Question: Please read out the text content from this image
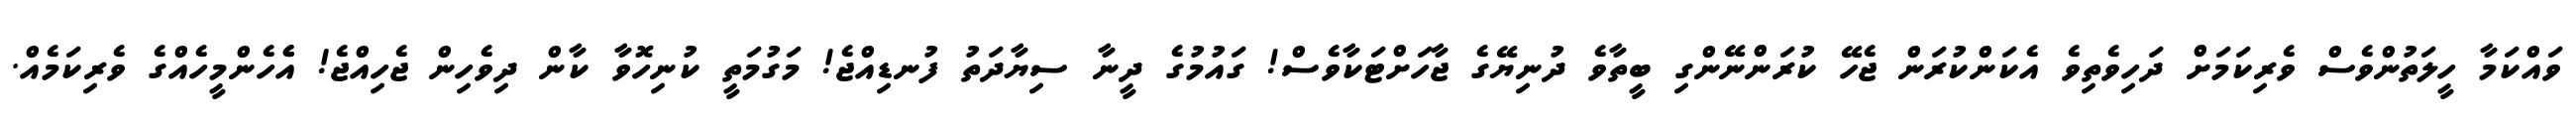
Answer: ވައްކަމާ ހީލަތުންވެސް ވެރިކަމަށް ދަހިވެތިވެ އެކަންކުރަން ޖެހޭ ކުރަންނޭންގި ބީތާވެ ދުނިޔޭގެ ޖާހަށްޓަކާވެސް! ގައުމުގެ ދީނާ ސިޔާދަތު ފުނޑިއްޖެ! މަގުމަތީ ކުނިހޮވާ ކާން ދިވެހިން ޖެހިއްޖެ! އެެހެންމީހެއްގެ ވެރިކަމެއް.